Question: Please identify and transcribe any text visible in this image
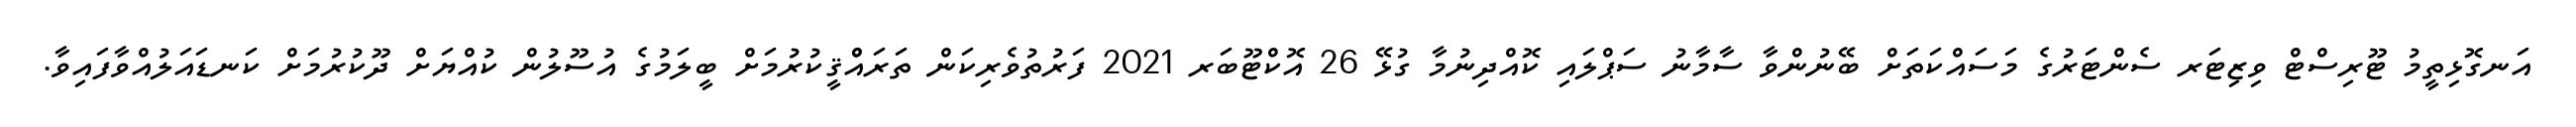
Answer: އަނގޮޅިތީމު ޓޫރިސްޓް ވިޒިޓަރ ސެންޓަރުގެ މަސައްކަތަށް ބޭނުންވާ ސާމާނު ސަޕްލައި ކޮއްދިނުމާ ގުޅޭ 26 އޮކްޓޫބަރ 2021 ފަރުތުވެރިކަން ތަރައްްޤީކުރުމަށް ބީލަމުގެ އުސޫލުން ކުއްޔަށް ދޫކުރުމަށް ކަނޑައަލުއްވާފައިވާ.